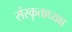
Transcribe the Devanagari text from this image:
संस्कृताध्यक्ष